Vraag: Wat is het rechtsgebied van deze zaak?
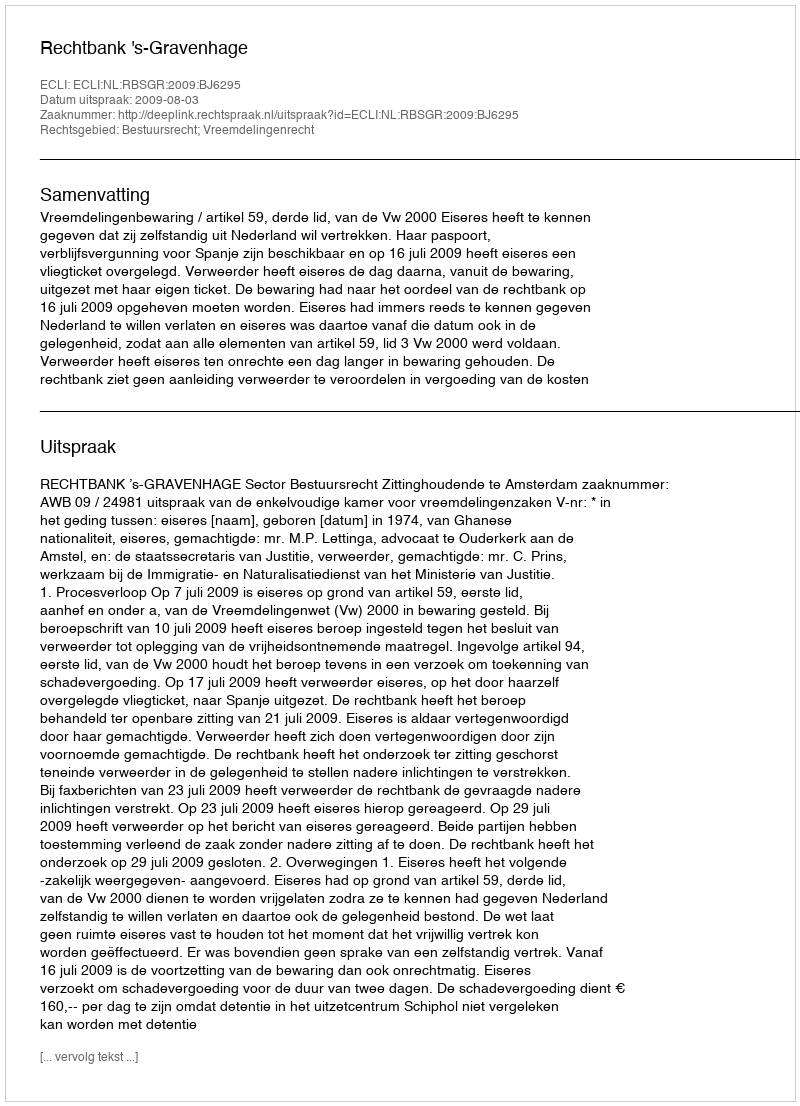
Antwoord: Bestuursrecht; Vreemdelingenrecht